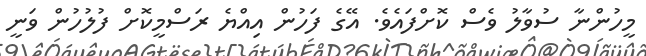
މީހުންނާ ސުވާލު ވެސް ކޮށްފައެވެ. އޭގެ ފަހުން އިއްޔެ ރަސްމީކޮށް ފުލުހުން ވަނީ